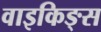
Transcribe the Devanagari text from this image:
वाइकिङ्स